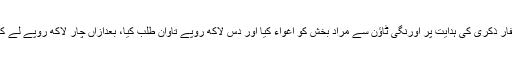
مارچ 2007 میں ملزم نے غفار ذکری کی ہدایت پر اورنگی ٹاؤن سے مراد بخش کو اغواء کیا اور دس لاکھ روپے تاوان طلب کیا، بعدازاں چار لاکھ روپے لے کر مراد بخش کو چھوڑ دیا گیا۔